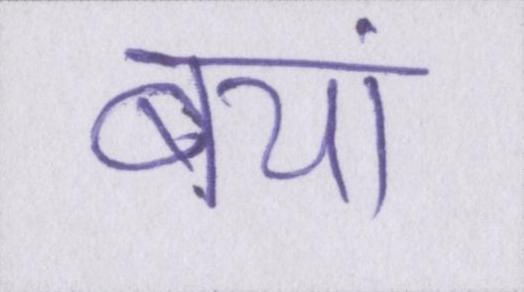
बयां